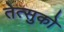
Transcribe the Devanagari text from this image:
तेत्सुको